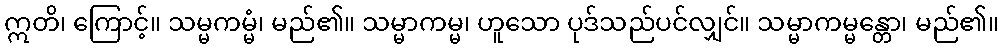
ဣတိ၊ ကြောင့်။ သမ္မကမ္မံ၊ မည်၏။ သမ္မာကမ္မ၊ ဟူသော ပုဒ်သည်ပင်လျှင်။ သမ္မာကမ္မန္တော၊ မည်၏။